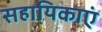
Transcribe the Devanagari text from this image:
सहायिकाएं